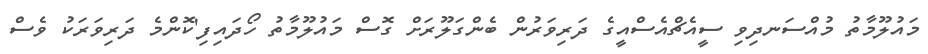
މައުލޫމާތު މުއްސަނދިވި ސީއެޗްއެސްއީގެ ދަރިވަރުން ބެންގަލޫރަށް ގޮސް މައުލޫމާތު ހޯދައިފި'ކޮންމެ ދަރިވަރަކު ވެސް